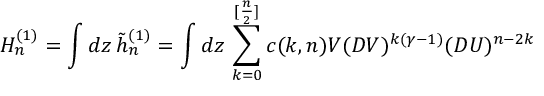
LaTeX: H _ { n } ^ { ( 1 ) } = \int d z \, \tilde { h } _ { n } ^ { ( 1 ) } = \int d z \, \sum _ { k = 0 } ^ { [ { \frac { n } { 2 } } ] } c ( k , n ) V ( D V ) ^ { k ( \gamma - 1 ) } ( D U ) ^ { n - 2 k }